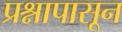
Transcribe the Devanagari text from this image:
प्रश्नापासून